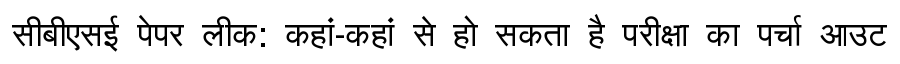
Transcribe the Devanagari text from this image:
सीबीएसई पेपर लीक: कहां-कहां से हो सकता है परीक्षा का पर्चा आउट